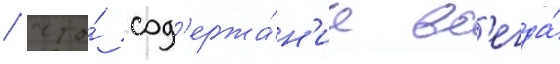
/ что́ сод'ержа́н'ие вс'егда́